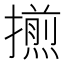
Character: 𢶕